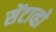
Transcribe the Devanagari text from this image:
सेंटाव्हो